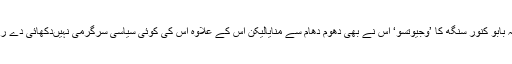
حالانکہ بابو کنور سنگھ کا ’وجیوتسو‘ اس نے بھی دھوم دھام سے منایالیکن اس کے علاوہ اس کی کوئی سیاسی سرگرمی نہیںدکھائی دے رہی ہے۔